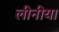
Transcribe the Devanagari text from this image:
लीनीया